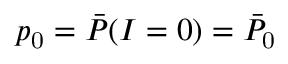
p _ { \mathrm { 0 } } = \bar { P } ( I = 0 ) = \bar { P } _ { \mathrm { 0 } }